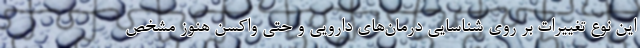
این نوع تغییرات بر روی شناسایی درمان‌های دارویی و حتی واکسن هنوز مشخص